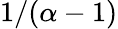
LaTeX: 1/(\alpha-1)